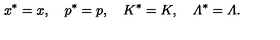
x ^ { * } = x , \quad p ^ { * } = p , \quad K ^ { * } = K , \quad { \mit \Lambda } ^ { * } = { \mit \Lambda } .